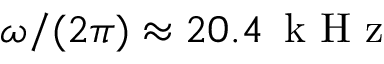
\omega / ( 2 \pi ) \approx 2 0 . 4 \, \mathrm { ~ k ~ H ~ z ~ }